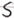
Text: S